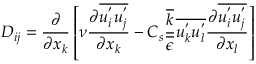
D _ { i j } = \frac { \partial } { \partial x _ { k } } \left[ \nu \frac { \partial \overline { { u _ { i } ^ { ' } u _ { j } ^ { ' } } } } { \partial x _ { k } } - C _ { s } \frac { \overline { { k } } } { \overline { { \epsilon } } } \overline { { u _ { k } ^ { ' } u _ { l } ^ { ' } } } \frac { \partial \overline { { u _ { i } ^ { ' } u _ { j } ^ { ' } } } } { \partial x _ { l } } \right]